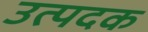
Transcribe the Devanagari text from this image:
उत्पदक